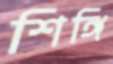
শিঙ্গি